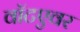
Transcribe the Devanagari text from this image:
वॉटएवर